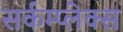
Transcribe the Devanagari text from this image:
सर्कम्प्लेक्स